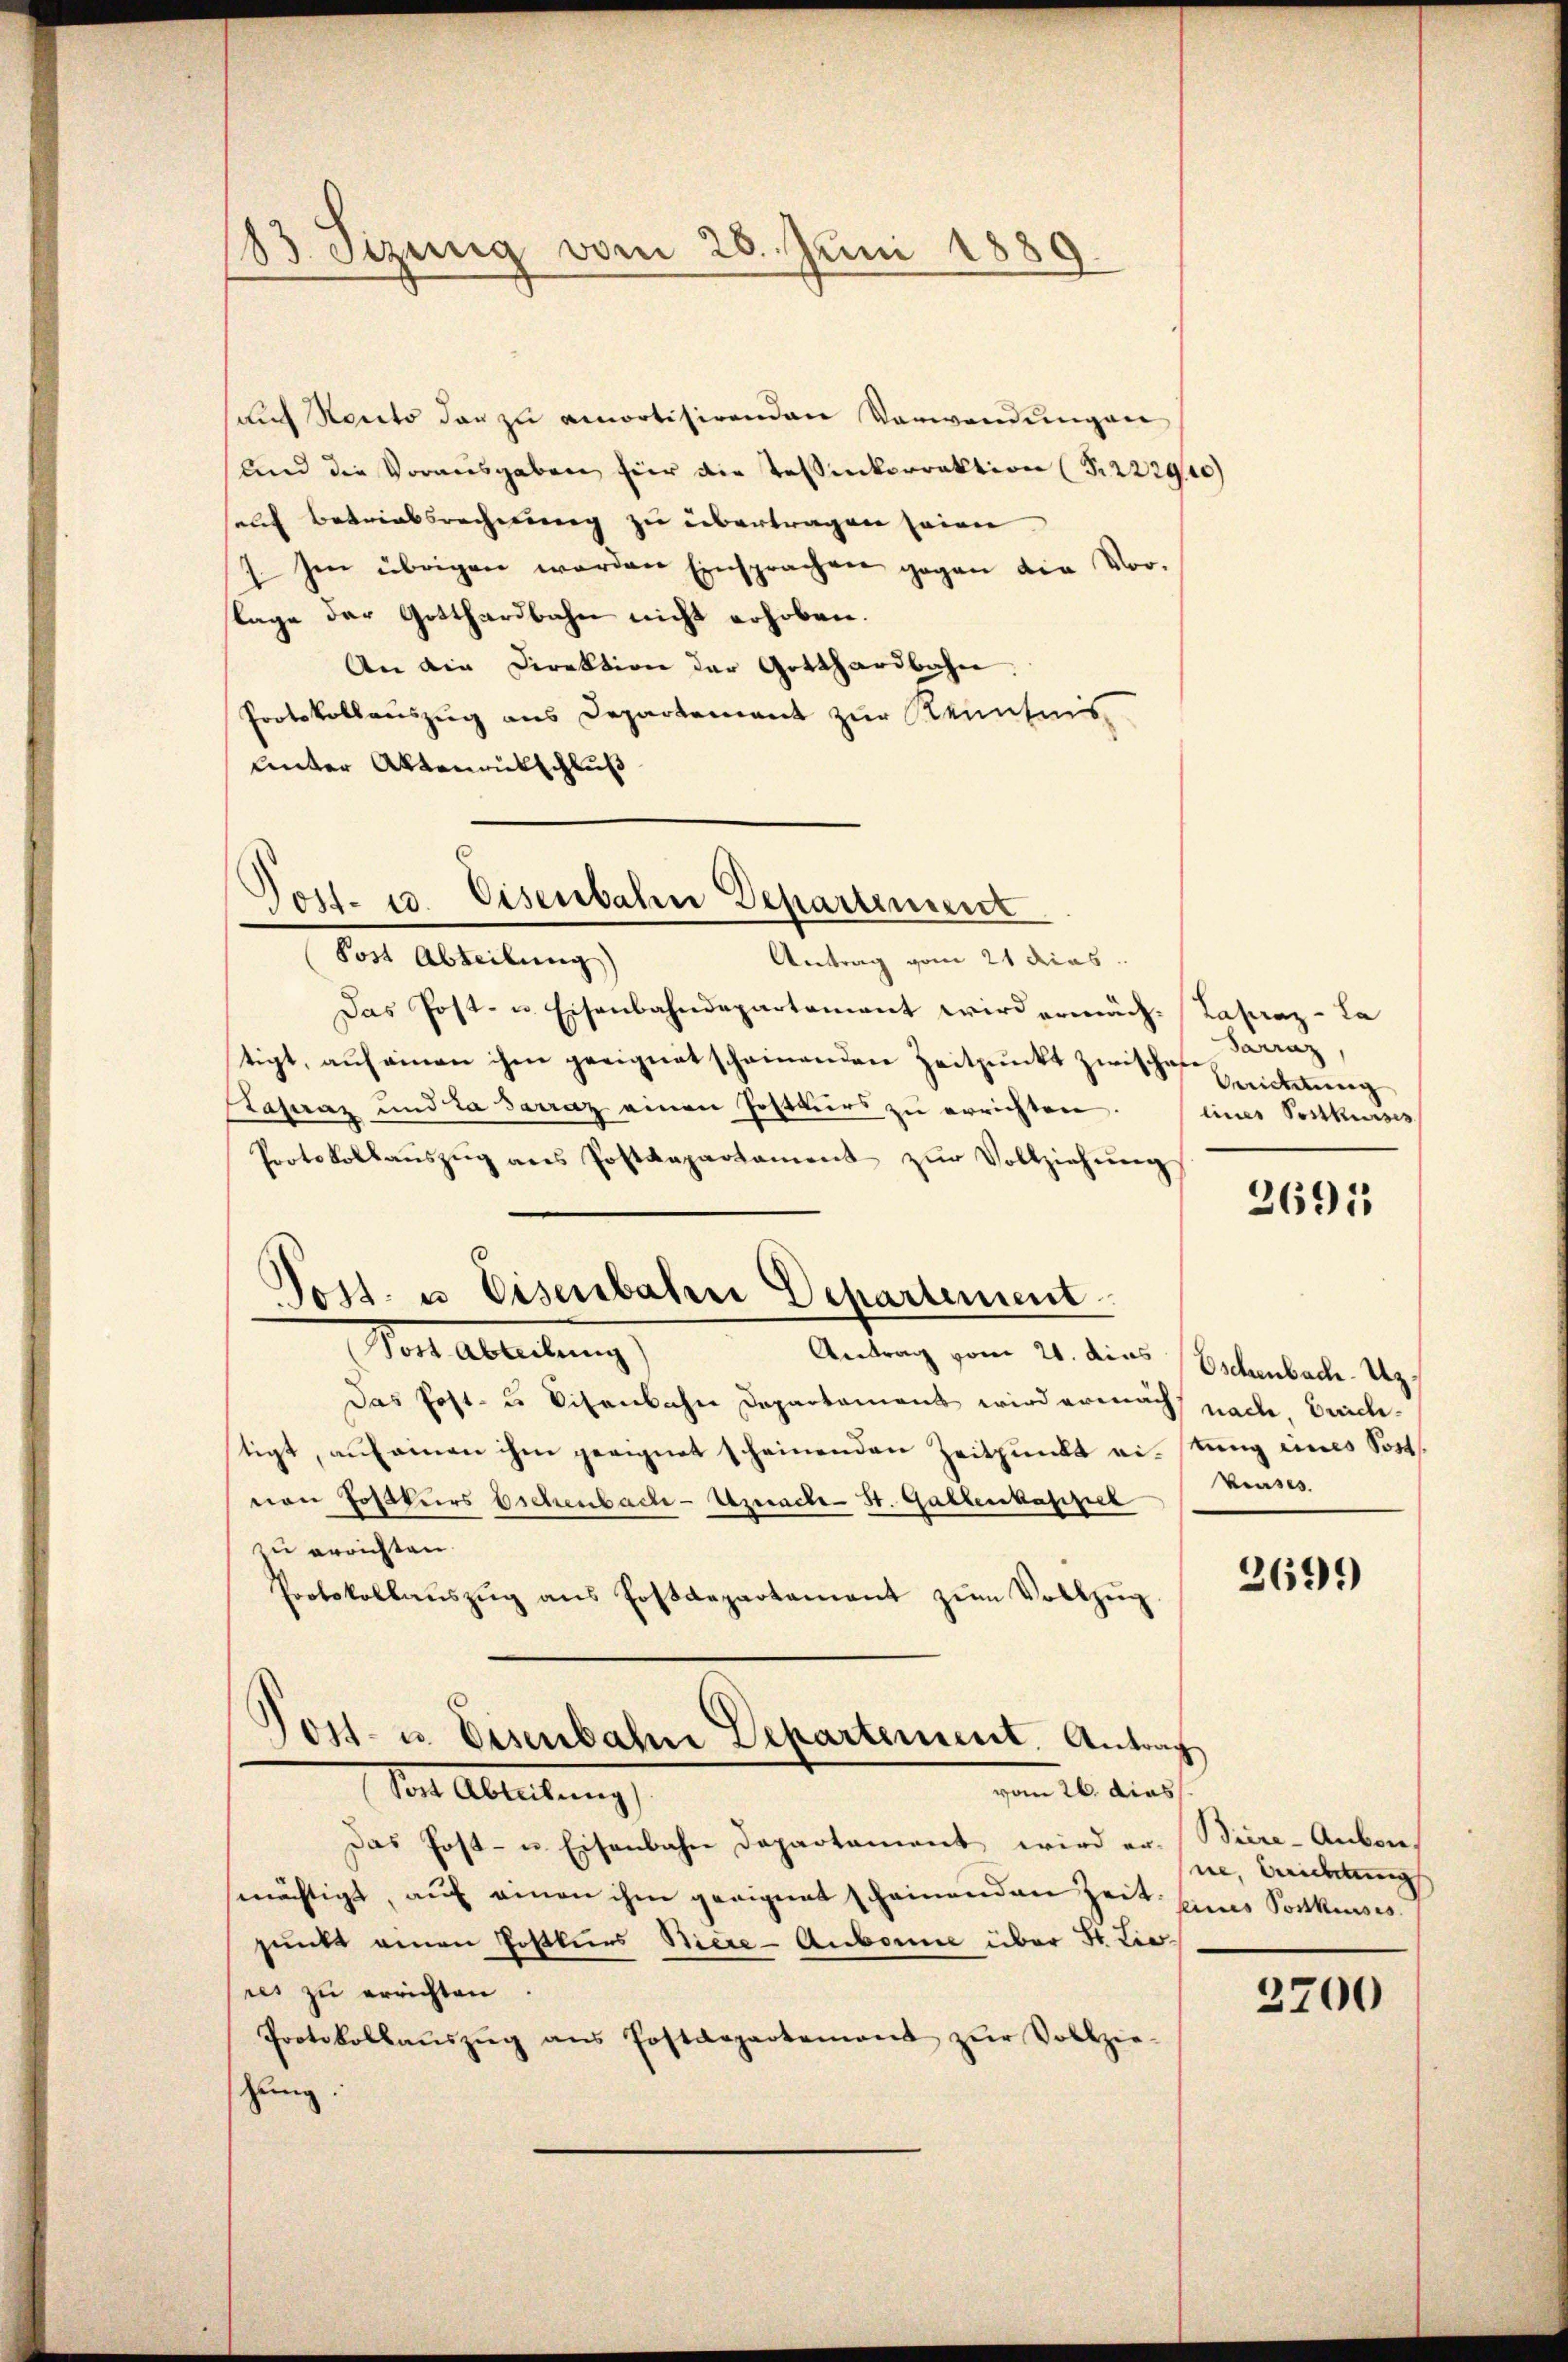
183 Sizung vom 26. Juni 1889.

sauf Recto der zu amortisirenden Verwendungen
Und die Vorausgaben für die Tessinkorrektion (S. 222920)
sauf Betriebsrechnung zu übertragen seien
 Im übrigen worden Einsprachen gegen die Vor-
lage der Gotthardbahn nicht erhoben.
An die Direktion der Gotthardbahn.
Protokollauszug aus Departement zur Kenntnis
Unter Aktenrütschluß

Post. 13. Eisenbahn Departement

g
Post. u Eisenbahn Departement

Post Abteilung)
Antrag vom 21 dies
Das Post- u. Eisenbahndepartement wird ermäch-Laseaz-La
tigt, auf einen ihm geeignet scheinenden Zeitpunkt zwischafe
Pasaaz und la Sarraz einen Jostkŭrs zu errichten.
Protokollaŭszŭg ans Postdepartament zŭr Vollziehŭng
Post Ableitung
Antrag vom 21. dies Eschenbach. U
Das Post- u Visenbahn Departamens wird ermächt nache Erichtigt, auf einen ihm geeignet scheinenden Zeitpunkt eitung eines Sost
von Postkurs Bichenbache - Uznache St. Gallenkassel Kruses.
zu errichten.
Protokollaŭszŭg ans Postdepartement zŭm Vollzŭg.
Post- u. Eisenbahn Departement. Antrag
vom 26. dies
Ien Abreitung
Das Post- u. Eisenbahn Departament wird er- Biere-Auben,
enächtigt, aŭf einen ihm geeignet scheinenden Zeit eines Postkurses
punkt einen Postkurs Biere - Aubonne über St. Lieres zu errichten.
Protokollaŭszŭg ans Postdepartemont zŭr Vollzie-
tzung:

Sarraz
Berichtung
eines Postkurses

2695

2699

ne, Berichtung

2700